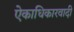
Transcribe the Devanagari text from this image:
ऐकाधिकारवादी